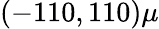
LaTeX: (-110,110)\mu